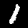
Digit: 1